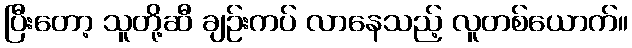
ပြီးတော့ သူတို့ဆီ ချဉ်းကပ် လာနေသည့် လူတစ်ယောက်။